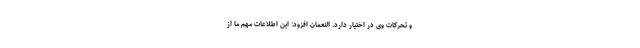
و تحرکات وی در اختیار دارد. النعمان افزود: این اطلاعات مهم ما از